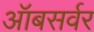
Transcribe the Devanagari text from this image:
ऑबसर्वर